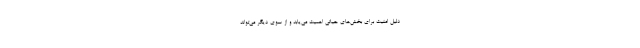
دلیل امنیت برای بخش‌های حیاتی اهمیت می‌یابد و از سوی دیگر می‌تواند